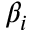
\beta _ { i }